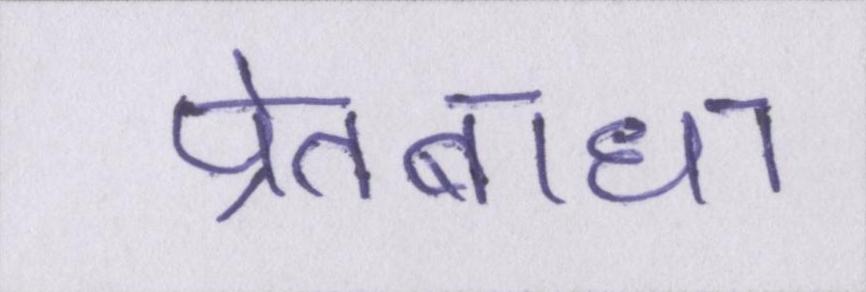
प्रेतबाधा